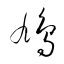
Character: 鳩